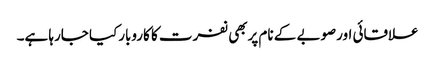
علاقائی اورصوبے کے نام پربھی نفرت کا کاروبارکیا جارہا ہے۔